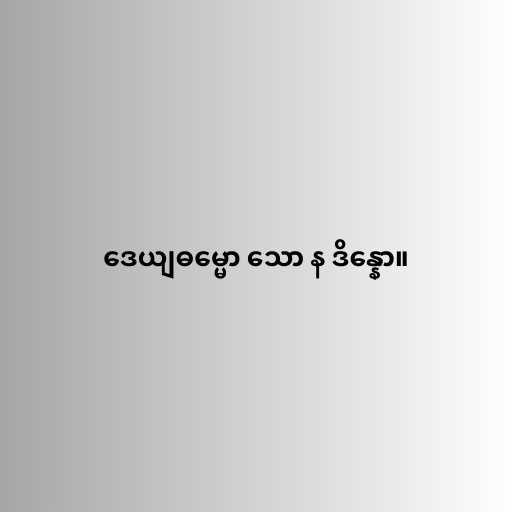
ဒေယျဓမ္မော သော န ဒိန္နော။